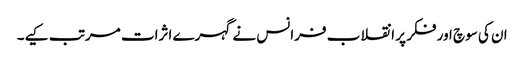
ان کی سوچ اور فکر پر انقلاب فرانس نے گہرے اثرات مرتب کیے۔